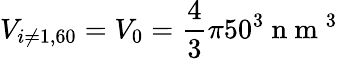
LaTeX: V_{i\neq 1,60}=V_{0}=\frac{4}{3}\pi 50^{3}\mathrm{~n~m~}^{3}